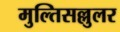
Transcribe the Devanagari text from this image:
मुल्तिसल्लुलर